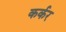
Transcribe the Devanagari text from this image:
कर्कर